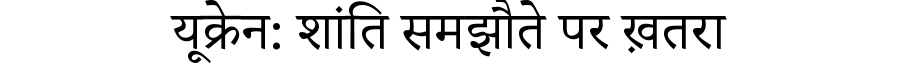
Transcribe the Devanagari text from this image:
यूक्रेन: शांति समझौते पर ख़तरा